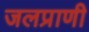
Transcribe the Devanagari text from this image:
जलप्राणी